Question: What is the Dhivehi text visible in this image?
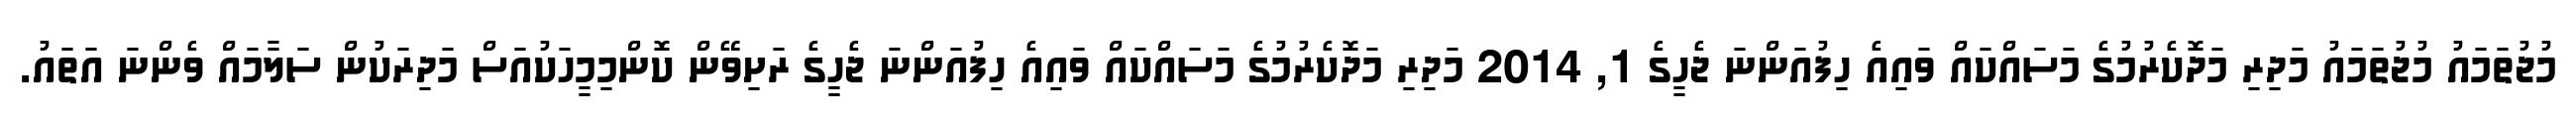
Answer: މުޖުތަމައު މުޖުތަމައު މަދިރި މަދޮކެރުމުގެ މަސައްކައް ވައިއެ ހިފުއަންނަ ޖެހީގެ 1, 2014 މަދިރި މަދޮކެރުމުގެ މަސައްކައް ވައިއެ ހިފުއަންނަ ޖެހީގެ ރަށިވޭން ކޮންމިމީހަކުއަސް މަދިރަކުން ސަލާމައް ވެންނަ އަތައު.